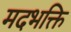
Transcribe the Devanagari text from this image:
मदभक्ति